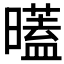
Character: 𣋞